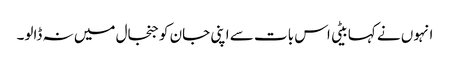
انہوں نے کہا بیٹی اس بات سے اپنی جان کو جنجال میں نہ ڈالو۔